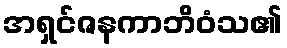
အရှင်ဇနကာဘိဝံသ၏